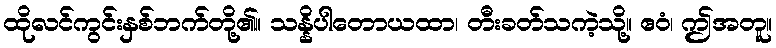
ထိုလင်ကွင်းနှစ်ဘက်တို့၏။ သန္နိပါတောယထာ၊ တီးခတ်သကဲ့သို့။ ဧဝံ၊ ဤအတူ။